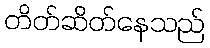
တိတ်ဆိတ်နေသည်